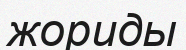
жориды